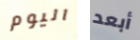
اليوم أبعد